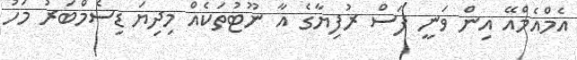
އެމްއެމްއޭ އިން ވަނީ ފަސް ރުފިޔާގެ އާ ނޫޓުތަކެއް މިދިޔަ ޑިސެމްބަރު މަހު